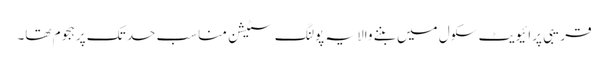
قریبی پرائیویٹ سکول میں بننے والا یہ پولنگ سٹیشن مناسب حد تک پرہجوم تھا۔